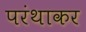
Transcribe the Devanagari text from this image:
परंथाकर